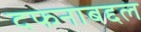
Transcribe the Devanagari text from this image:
दफनाबद्दल